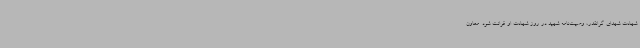
شهادت شهدای گرانقدر، وصیت‌نامه شهید در روز شهادت او قرائت شود. معاون